Subject: math
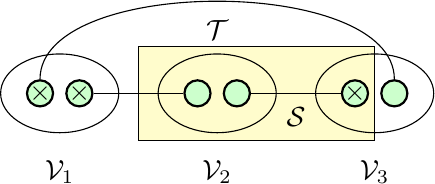
LaTeX code:
\begin{tikzpicture}
			[roundnode/.style={circle, draw=black!100, fill=green!20, thick, minimum size=1mm},]
			\filldraw[fill=yellow!20!,even odd rule]
			(-1,-0.6) rectangle (2,0.6);
			\node[roundnode] (c1) at (-2.25,0) {};
			\node[roundnode] (c2) at (-1.75,0) {};
			\node[roundnode] (c3) at (-0.25,0) {};
			\node[roundnode] (c4) at (0.25,0) {};
			\node[roundnode] (c5) at (1.75,0) {};
			\node[roundnode] (c6) at (2.25,0) {};
                \node (S) at (1,-0.3) {$\mathcal{S}$};
                \node (T) at (0,0.8) {$\mathcal{T}$};
                \node (T1) at (-2.25,0) {$\times$};
                \node (T2) at (-1.75,0) {$\times$};
                \node (T3) at (1.75,0) {$\times$};
			\draw (-2,0) ellipse (0.75 and 0.5);%circle (0.5);
			\draw (0,0) ellipse (0.75 and 0.5);
			\draw (2,0) ellipse (0.75 and 0.5);%circle (0.5);
			\node (P1) at (-2,-1) {$\mathcal{V}_1$};
			\node (P2) at (0,-1) {$\mathcal{V}_2$};
			\node (P3) at (2,-1) {$\mathcal{V}_3$};
			\draw (c2)--(c3);
			\draw (c4)--(c5);
			\draw (c1)..controls (-2.25,1.5) and (2.25,1.5)..(c6);
		\end{tikzpicture}